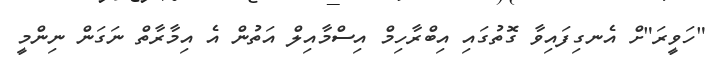
"ހަވީރަ"ށް އެނގިފައިވާ ގޮތުގައި އިބްރާހިމް އިސްމާއިލް އަތުން އެ އިމާރާތް ނަގަން ނިންމީ